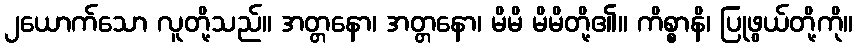
၂ယောက်သော လူတို့သည်။ အတ္တနော၊ အတ္တနော၊ မိမိ မိမိတို့၏။ ကိစ္စာနိ၊ ပြုဖွယ်တို့ကို။